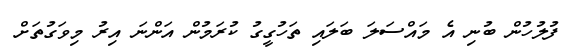
ފުލުހުން ބުނި އެ މައްސަލަ ބަލައި ތަހުގީގު ކުރަމުން އަންނަ އިރު މިވަގުތަށް